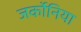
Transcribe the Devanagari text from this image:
जर्कोनिया